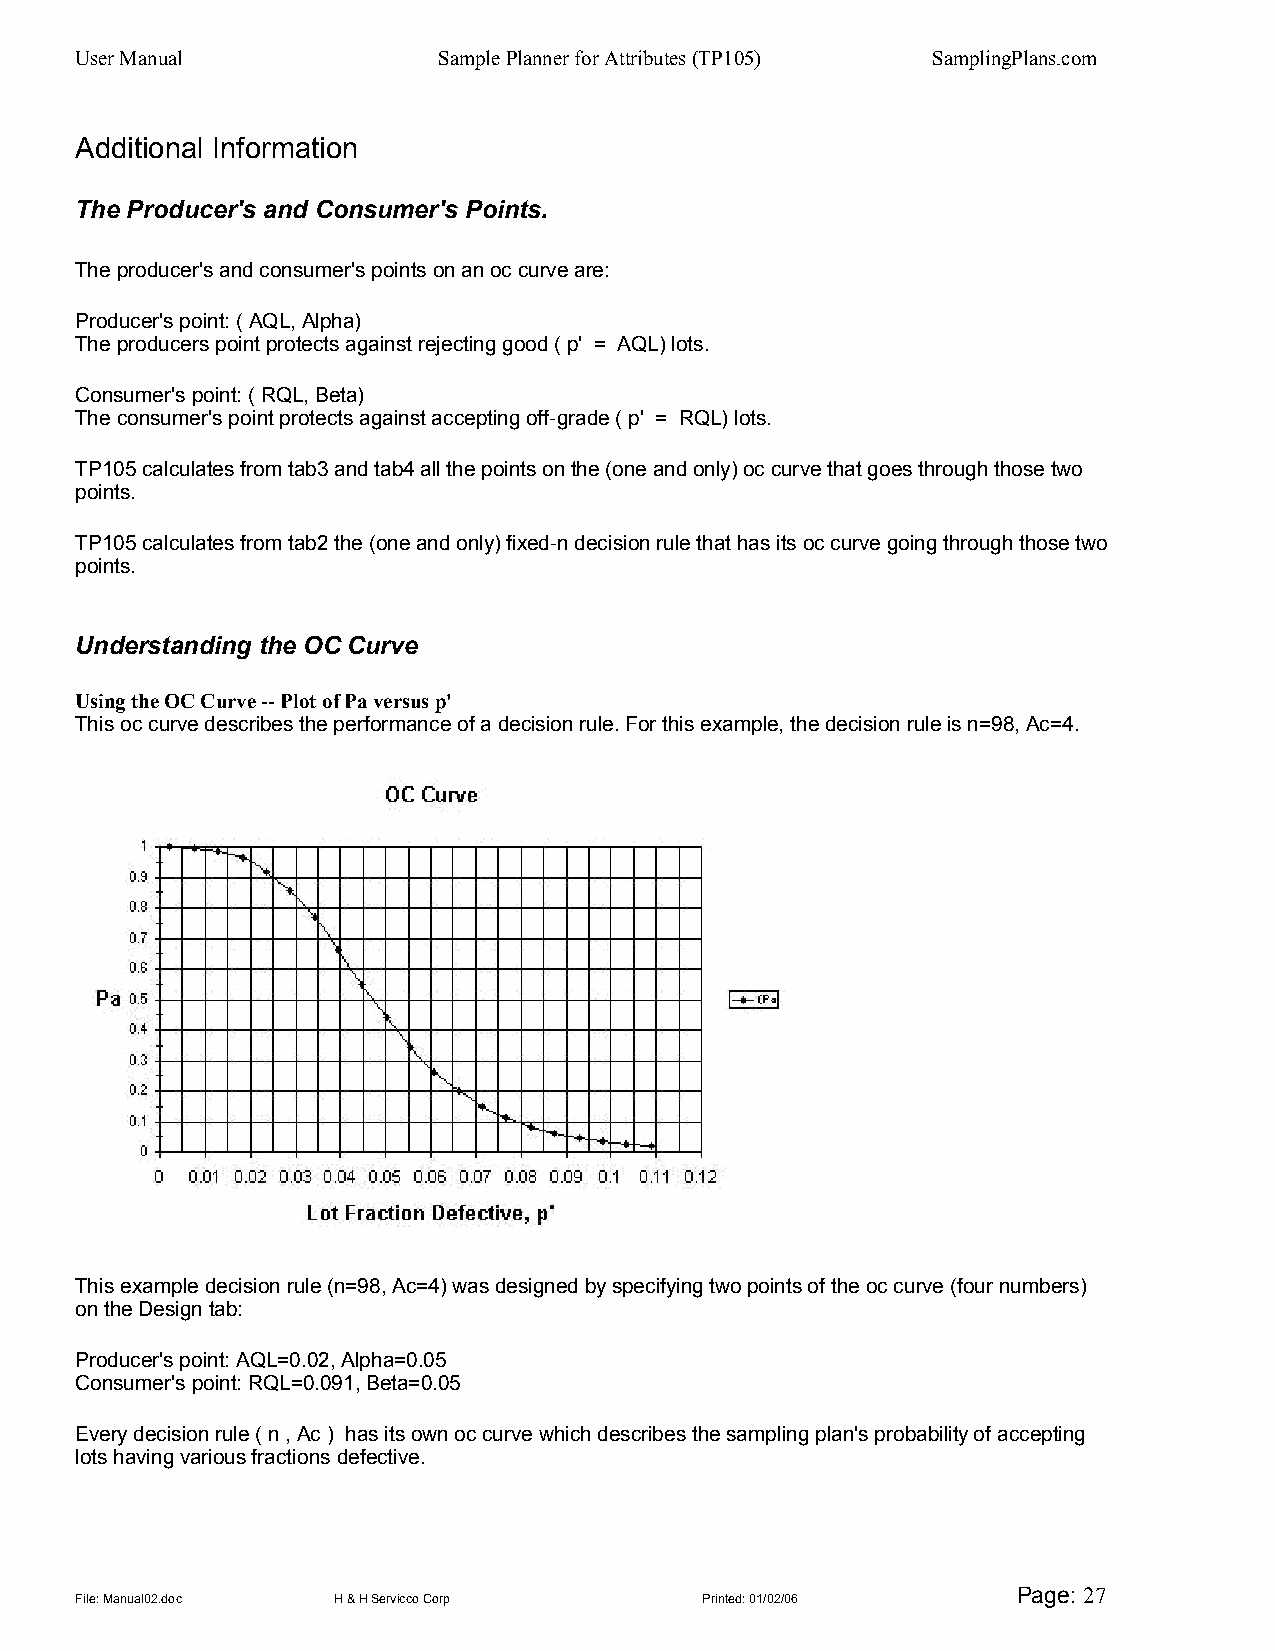
User Manual             Sample Planner for Attributes (TP105) SamplingPlans.com
 Additional Information
 The Producer's and Consumer's Points.
 The producer's and consumer's points on an oc curve are:
 Producer's point: ( AQL, Alpha)
 The producers point protects against rejecting good ( p' = AQL) lots.
 Consumer's point: ( RQL, Beta)
 The consumer's point protects against accepting off-grade ( p' = RQL) lots.
 TP105 calculates from tab3 and tab4 all the points on the (one and only) oc curve that goes through those two
 points.
 TP105 calculates from tab2 the (one and only) fixed-n decision rule that has its oc curve going through those two
 points.
 Understanding the OC Curve
 Using the OC Curve -- Plot of Pa versus p'
 This oc curve describes the performance of a decision rule. For this example, the decision rule is n=98, Ac=4.
 This example decision rule (n=98, Ac=4) was designed by specifying two points of the oc curve (four numbers)
 on the Design tab:
 Producer's point: AQL=0.02, Alpha=0.05
 Consumer's point: RQL=0.091, Beta=0.05
 Every decision rule ( n , Ac ) has its own oc curve which describes the sampling plan's probability of accepting
 lots having various fractions defective.
 Page: 27
 File: Manual02.doc H & H Servicco Corp   Printed: 01/02/06